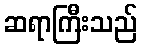
ဆရာကြီးသည်